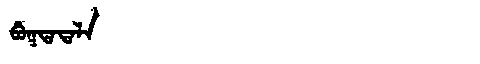
Manchu: ᠪᡠᡴᡨᠠᡨᠠᠯᠠ
Romanization: BUKTATALA